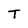
Character: T